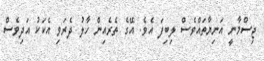
ޖިސްމާނީ އަނިޔާތައްވެސް ލިބިފަ އެވެ. އޭގެ ތެރެއިން ހާލު ދެރަވި އެކަކު އަދިވެސް